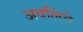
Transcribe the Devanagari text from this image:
अवलिंबे